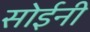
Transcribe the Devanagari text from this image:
सोईनी